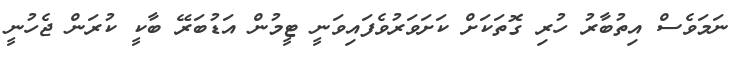
ނަމަވެސް އިތުބާރު ހުރި ގޮތަކަށް ކަށަވަރުވެފައިވަނީ ޓީމުން އަޑުބަރޭ ބާކީ ކުރަން ޖެހުނީ